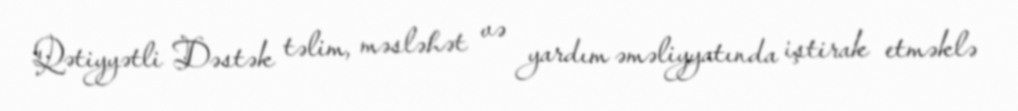
Qətiyyətli Dəstək təlim, məsləhət və yardım əməliyyatında iştirak etməklə